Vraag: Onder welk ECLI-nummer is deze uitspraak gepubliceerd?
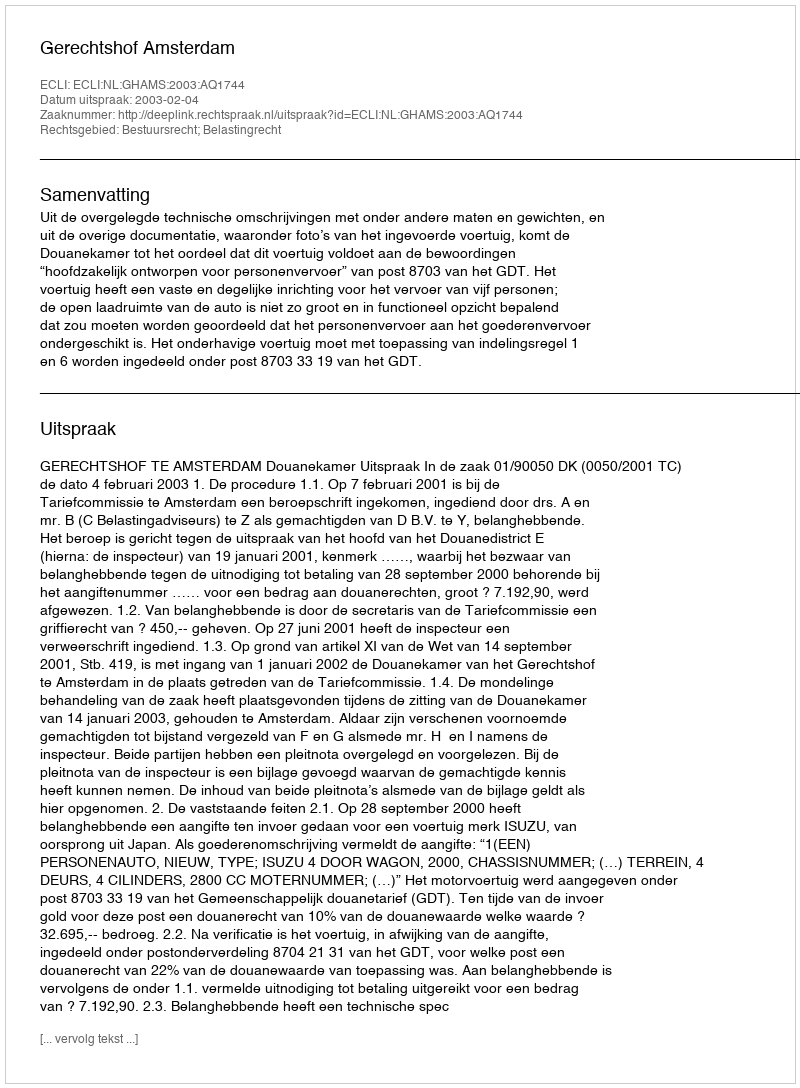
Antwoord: ECLI:NL:GHAMS:2003:AQ1744